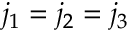
j _ { 1 } = j _ { 2 } = j _ { 3 }